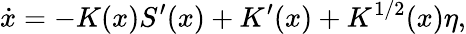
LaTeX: \dot{x}=-K(x)S^{\prime}(x)+K^{\prime}(x)+K^{1/2}(x)\eta,